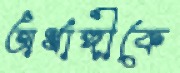
অর্ধাঙ্গীকে